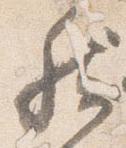
然